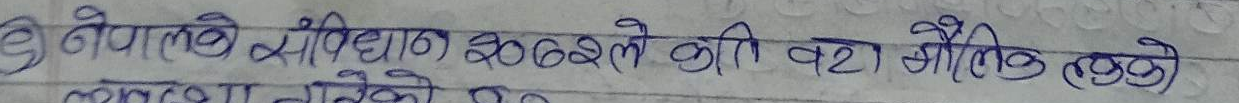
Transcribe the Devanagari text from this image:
नेपालको संविधान २०७२ ले कति वटा मौलिक हकको
व्यवस्था गरेको छ?